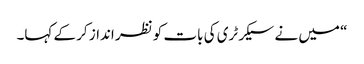
“ میں نے سیکرٹری کی بات کو نظر انداز کر کے کہا۔